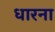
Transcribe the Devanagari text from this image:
धारना